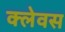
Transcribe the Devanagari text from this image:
क्लेवस